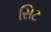
સિટ